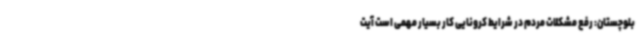
بلوچستان: رفع مشکلات مردم در شرایط کرونایی کار بسیار مهمی است آیت